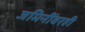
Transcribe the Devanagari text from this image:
जमिनींवरही